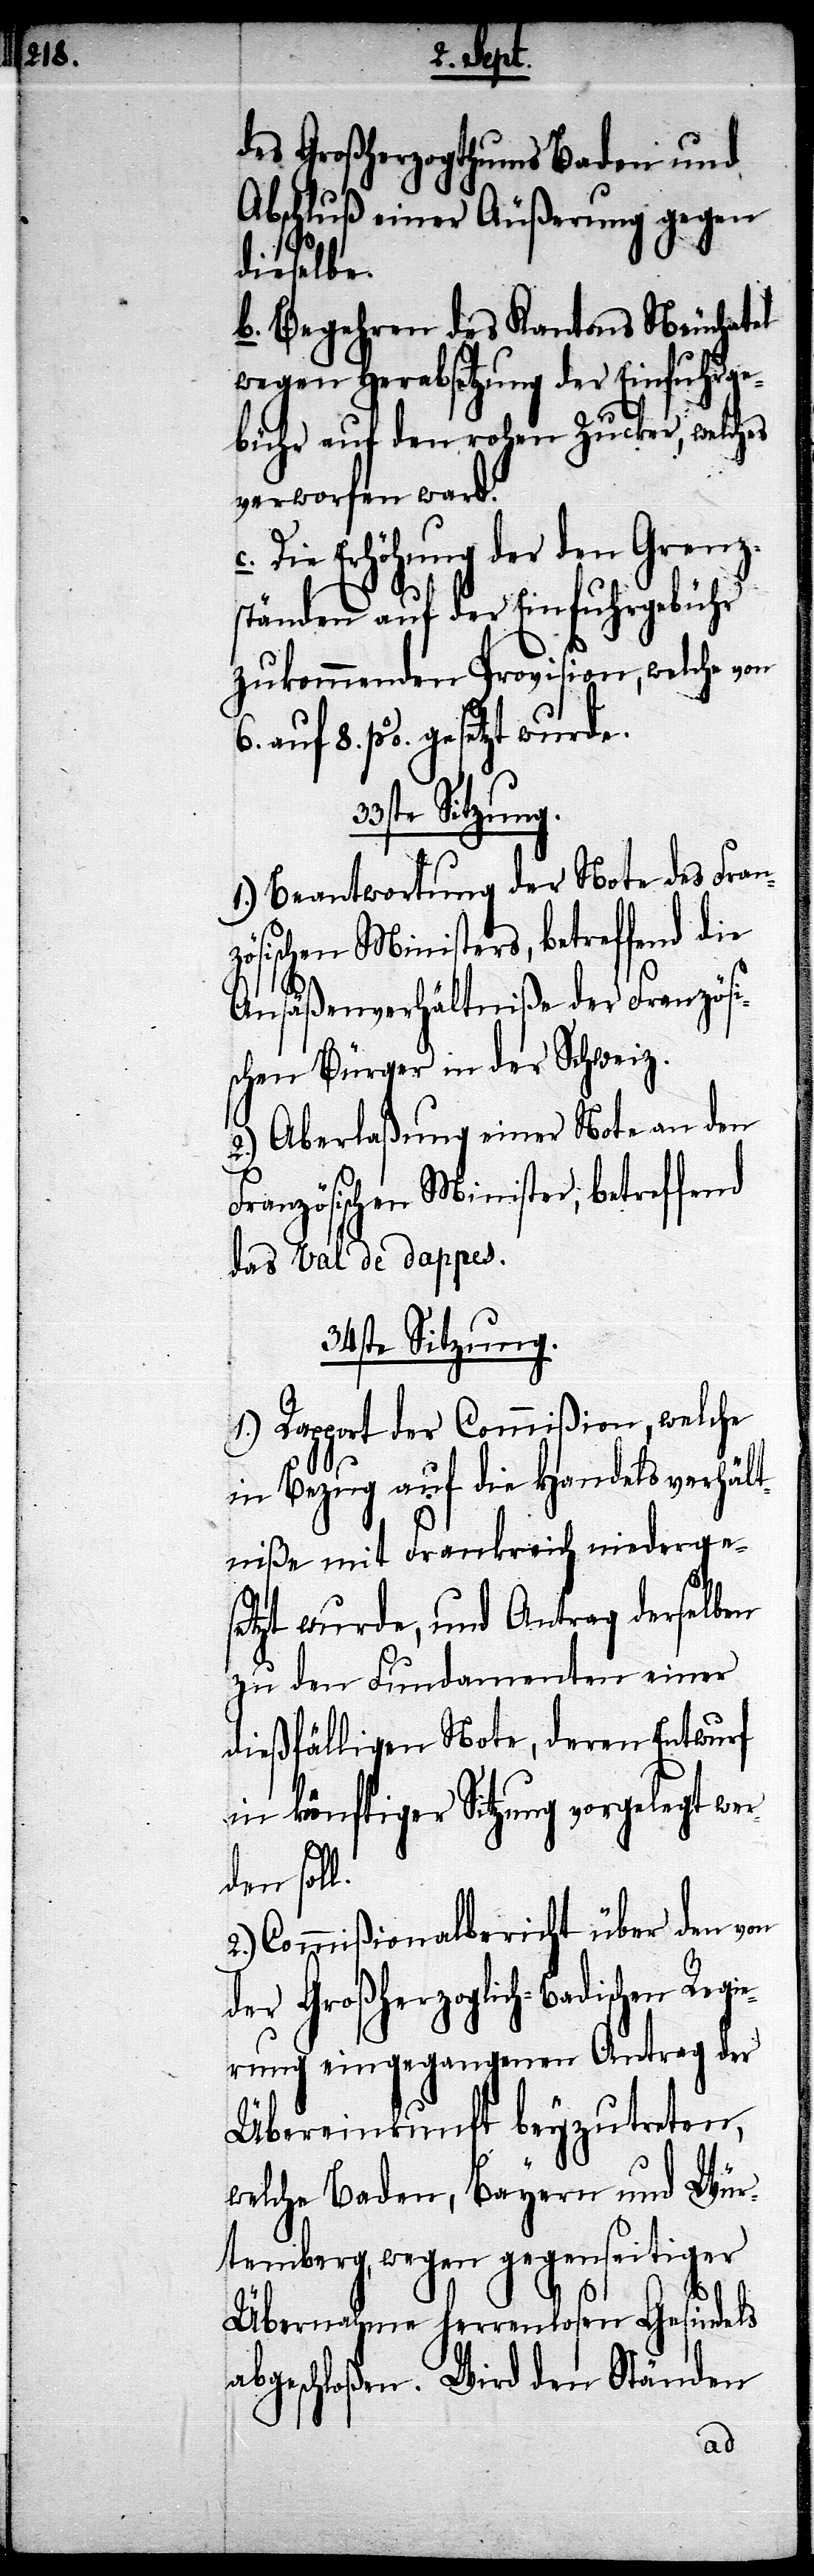
ion, w¬
des Großherzogthums Baden und
Abschluß einer Äußerung gegen
dieselbe.
b. Begehren des Kantons Neuchatel
wegen Herabsetzung der Einfuhrge¬
bühr auf den rohen Zucker, welches
verworfen ward.
Die Erhöhung der den Grenz¬
ständen auf der Einfuhrgebühr
elche von
zukommenden Provis¬
6. auf 8. %. gesetzt wur¬
Beantwortung der Note des Fran¬
zösischen Ministers, betreffend die
Ansäßenverhältniße der Französi¬
schen Bürger in der Schweiz.
2.) Aberlaßung einer Note an den
Französischen Minister, betreffend
das Val de dappes.
34ste Sitzung.
1.) Rapport der Commißion, welche
in Bezug auf die Handelsverhäl¬
tniße mit Frankreich niederge¬
setzt wurde, und Antrag derselben
zu den Fundamenten einer
dießfälligen Note, deren Entwurf
in künftiger Sitzung vorgelegt wer¬
den soll.
2.) Commißionalbericht über den von
der Großherzoglich-Badischen Regi¬
erung eingegangenen Antrag der
Übereinkunft beyzutreten,
welche Baden, Bayern und Wür¬
temberg, wegen gegenseitiger
Übernahme herrenlosen Gesindels
abgeschloßen. Wird den Ständen
de.